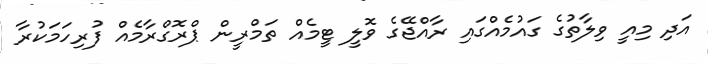
އަދި މިއީ ވިލާތުގެ ގައުމެއްގައި ރާއްޖޭގެ ވޮލީ ޓީމެއް ތަމްރީން ޕްރޮގްރާމެއް ފުރިހަމަކުރާ